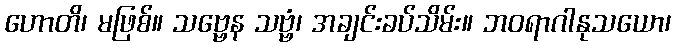
ဟောတိ၊ မဖြစ်။ သဗ္ဗေန သဗ္ဗံ၊ အချင်းခပ်သိမ်း။ ဘဝရာဂါနုသယော၊